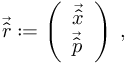
\begin{array} { r } { \vec { \hat { r } } : = \left( \begin{array} { l } { \vec { \hat { x } } } \\ { \vec { \hat { p } } } \end{array} \right) \; , } \end{array}